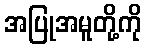
အပြုအမူတို့ကို